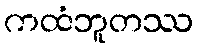
ကထံဘူတဿ